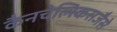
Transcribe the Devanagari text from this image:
कैनचेल्स्किसजैसे